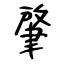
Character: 肇